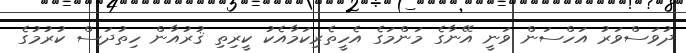
ދުވަސްވަރު އަހްސަން ވަނީ އޭނާގެ މަންމަގެ އެހީތެރިކަމާއެކު ކީރިތި ޤުރުއާން ހިތުދަސް ކުރުމުގެ